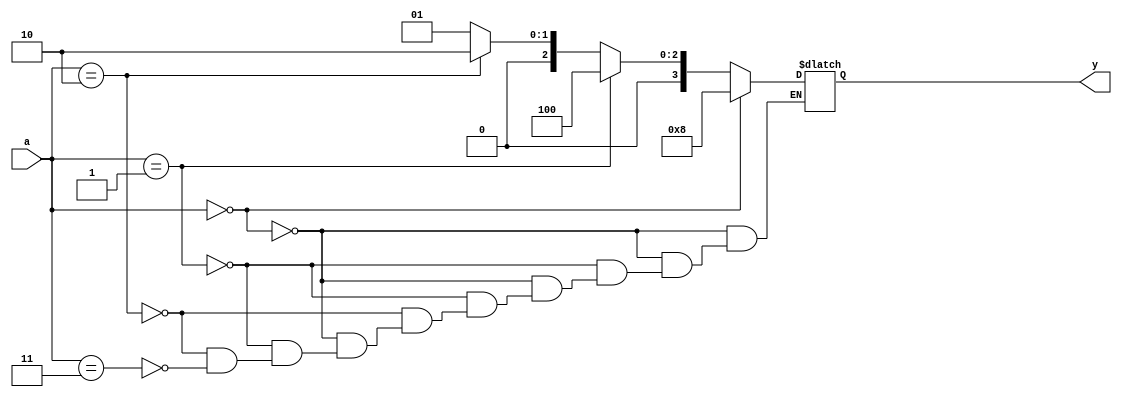
`timescale 1ns / 1ps
//////////////////////////////////////////////////////////////////////////////////
// Company: 
// Engineer: 
// 
// Design Name: 
// Module Name: 24_decoder
// Project Name: 
// Target Devices: 
// Tool Versions: 
// Description: 
// 
// Dependencies: 
// 
// Revision:
// Revision 0.01 - File Created
// Additional Comments:
// 
//////////////////////////////////////////////////////////////////////////////////


module decoder_24(y,a);
  input [1:0]a;
  output reg[3:0]y;
  always @(a)
  begin
    if(a==2'b00)
      y=4'b1000;      //1000-0
    else if(a==2'b01)
      y=4'b0100;      //0100-1
    else if(a==2'b10)
      y=4'b0010;      // 0010-2
    else if(a==2'b11)
      y=4'b0001;     // 0001- 3
    else 
      $display("Error!");
     end
     
 
 
endmodule